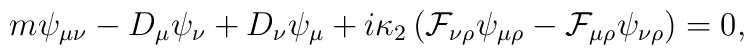
m\psi_{\mu \nu }-D_\mu \psi_\nu +D_\nu\psi_\mu+i\kappa_2\left(\mathcal{F}_{\nu\rho}\psi_{\mu\rho}-\mathcal{F}_{\mu\rho}\psi_{\nu\rho}\right)=0,